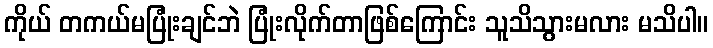
ကိုယ် တကယ်မပြုံးချင်ဘဲ ပြုံးလိုက်တာဖြစ်ကြောင်း သူသိသွားမလား မသိပါ။